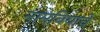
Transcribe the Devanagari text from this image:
नामबियाचे